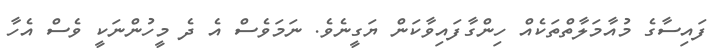
ފައިސާގެ މުއާމަލާތްތަކެއް ހިންގާފައިވާކަން ޔަގީނެވެ. ނަމަވެސް އެ ދެ މީހުންނަކީ ވެސް އެހާ